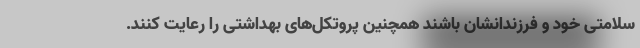
سلامتی خود و فرزندانشان باشند همچنین پروتکل‌های بهداشتی را رعایت کنند.